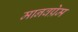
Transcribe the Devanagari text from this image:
मानवप्रेम